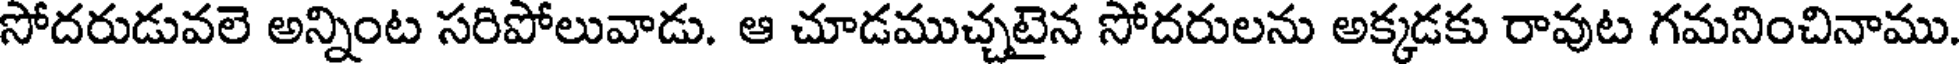
సోదరుడువలె అన్నింట సరిపోలువాడు. ఆ చూడముచ్చటైన సోదరులను అక్కడకు రావుట గమనించినాము.